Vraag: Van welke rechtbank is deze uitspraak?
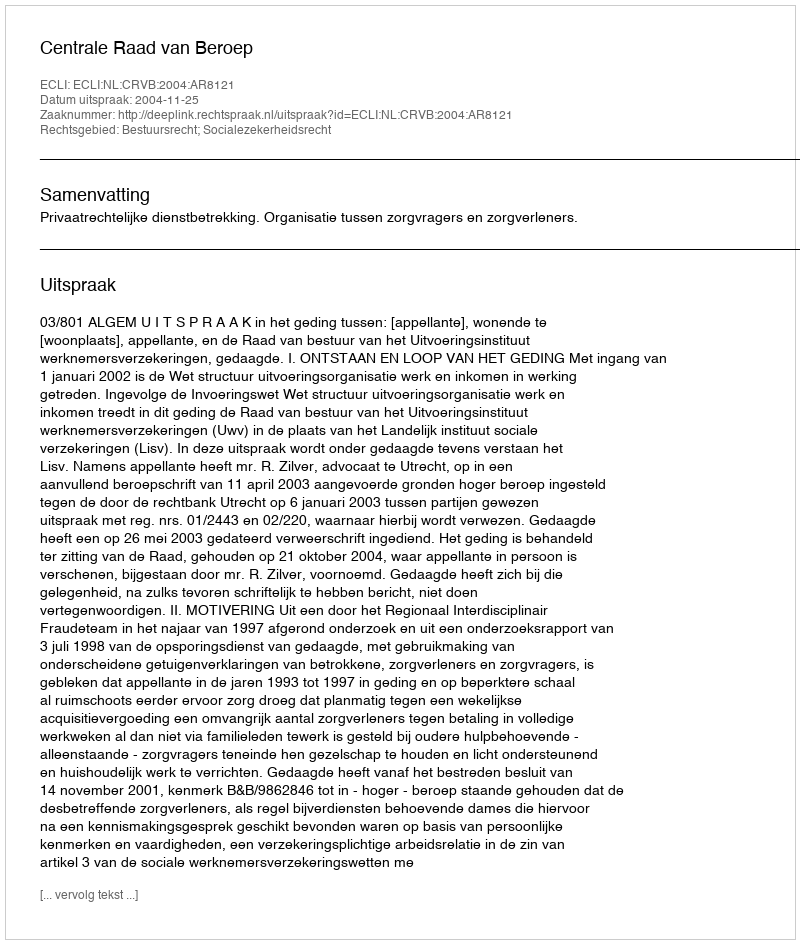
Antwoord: Centrale Raad van Beroep